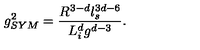
g _ { S Y M } ^ { 2 } = \frac { R ^ { 3 - d } l _ { s } ^ { 3 d - 6 } } { L _ { i } ^ { d } g ^ { d - 3 } } .